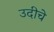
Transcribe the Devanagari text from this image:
उदीचे